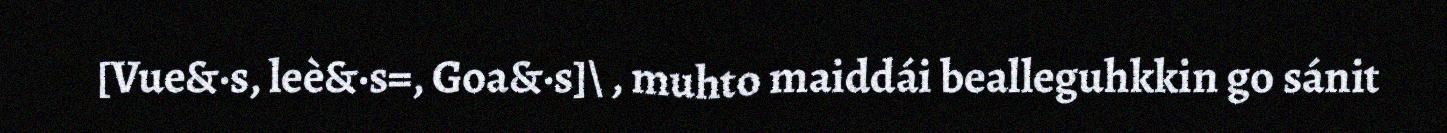
[Vue&·s, leè&·s=, Goa&·s]\ , muhto maiddái bealleguhkkin go sánit